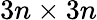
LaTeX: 3n\times 3n